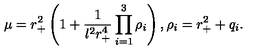
\mu = r _ { + } ^ { 2 } \left( 1 + \frac { 1 } { l ^ { 2 } r _ { + } ^ { 4 } } \prod _ { i = 1 } ^ { 3 } \rho _ { i } \right) , \rho _ { i } = r _ { + } ^ { 2 } + q _ { i } .